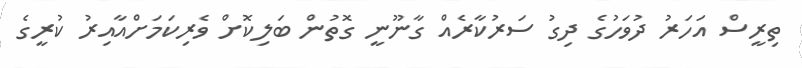
ތިރީސް އަހަރު ދުވަހުގެ ދިގު ސަރުކާރެއް ގާނޫނީ ގޮތުން ބަލިކޮށް ވެރިކަމަށްއާއިރު ކުރީގެ